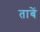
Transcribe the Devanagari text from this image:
ताबें